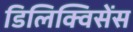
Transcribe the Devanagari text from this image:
डिलिक्विसेंस